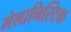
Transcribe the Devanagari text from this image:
मेलानिस्टिक